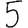
Digit: 5